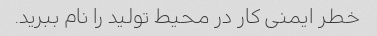
خطر ایمنی کار در محیط تولید را نام ببرید.